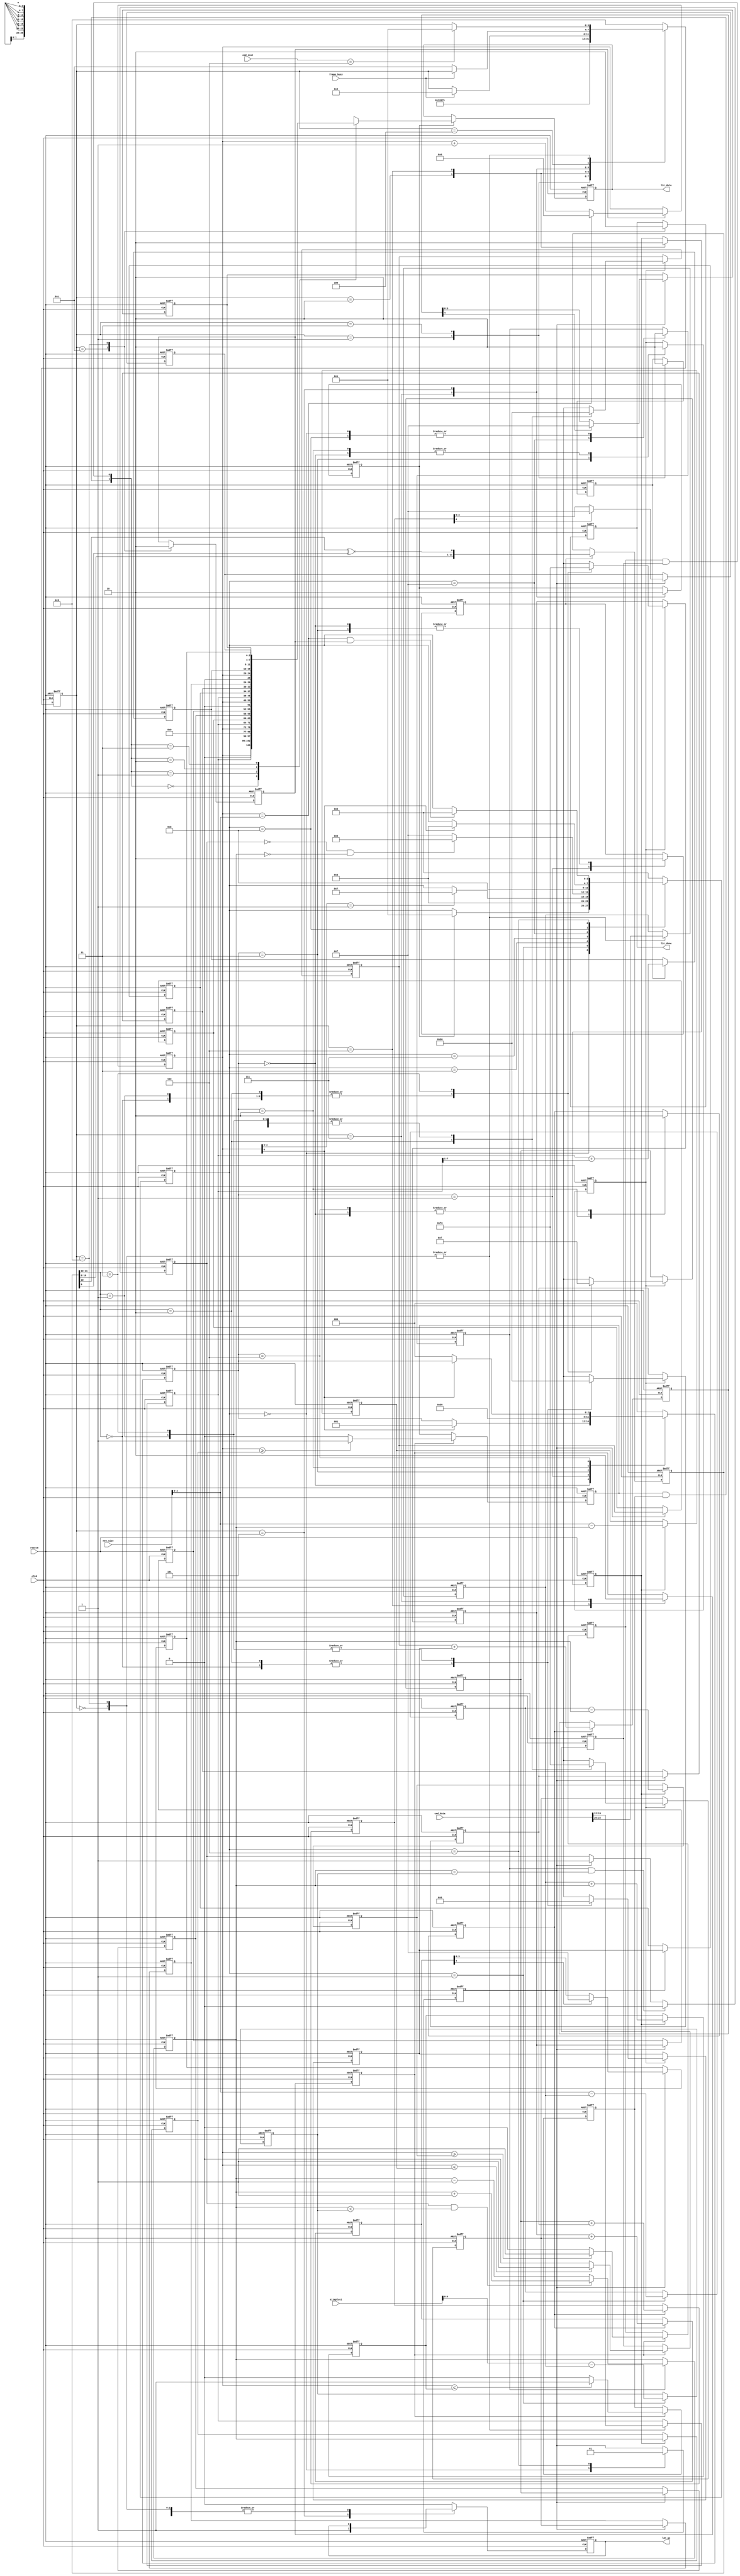
//--------------------------------------------------------------------------------
// Module Name: L2RnR2L - rtl
//  
// Description: create 2 random colors at the ends of the lite string
// 
// Revision 0.02 - 
// Revision 1.0 added number of lites inputs
// Revision 1.1 brighten mixed colors
// Revision 1.2 made brightness configurable
// 
//--------------------------------------------------------------------------------

module L2RnR2L(clk8,reset8,frame_busy,cmd_inst,cmd_data,neo_size,sizeplus1,
   l2r_data,l2r_done,l2r_go);

   input clk8;
   input reset8;
   input frame_busy;
   input [3:0] cmd_inst;
   input [27:0] cmd_data;
   input [7:0] neo_size;
   input [7:0] sizeplus1;
   
   output l2r_done;
   output [25:0] l2r_data;
   output l2r_go;
   
   
   reg l2r_done;
   reg [25:0] l2r_data;
   reg l2r_go;
   
   reg [25:0] data_buf;
   
   reg [3:0] rite_blu;
   reg [3:0] rite_grn;
   reg [3:0] rite_red;
   reg [3:0] left_blu;
   reg [3:0] left_grn;
   reg [3:0] left_red;
   
   reg [4:0] mix_blu_int;
   reg [4:0] mix_grn_int;
   reg [4:0] mix_red_int;
   
   reg [3:0] nx_rite_blu;
   reg [3:0] nx_rite_grn;
   reg [3:0] nx_rite_red;
   reg [3:0] nx_left_blu;
   reg [3:0] nx_left_grn;
   reg [3:0] nx_left_red;
   
   reg [3:0] mix_blu;
   reg [3:0] mix_grn;
   reg [3:0] mix_red;
   
   // color mixing mux
   wire [3:0] nx_mix_blu;
   wire [3:0] nx_mix_grn;
   wire [3:0] nx_mix_red;
   
   reg [2:0] num_lites;
   reg [4:0] address;
   reg [11:0] random;
   
   reg [3:0] mainsm;
   reg calc_start;
   reg calc_addr;
   reg calc_lim;
   reg do_compare;
   reg sel_color;
   
   reg [3:0] iteraysm;
   reg [4:0] num_lite_less1;
   reg [4:0] inner_rite_lite;
   reg [4:0] inner_rite_lim;
   reg [4:0] iteray;
   reg iteray_up;
   reg iteray_en;
   reg iteray_done;
   
   reg [2:0] colorsm;
   reg calc_randnum;
   reg calc_color;
   reg calc_mix;
   
   
   wire feedback = random[10] ~^ random[9]; // part of random number generator
   
   reg [4:0] left_addr_lo;
   reg [4:0] left_addr_hi;
   reg [4:0] rite_addr_lo;
   reg [4:0] rite_addr_hi;
   
   reg left_cmp_lo;
   reg left_cmp_hi;
   reg rite_cmp_lo;
   reg rite_cmp_hi;
   reg [1:0] cmp;
   wire [1:0] cmp_int;
	
	reg [7:0] brite;	// made configurable 11_20_20
	reg [7:0] briter;	// brighten mixed colors 11/14/20
   
   
   localparam black = 4'h0;
   
   // main state machine localparams
   localparam s_init  = 4'b0000;
   localparam s_start = 4'b0001;
   localparam s_addr  = 4'b0011;
   localparam s_lim   = 4'b0010;
   localparam s_cmp   = 4'b0110;
   localparam s_color = 4'b0111;
   localparam s_go    = 4'b0101;
   localparam s_busy  = 4'b0100;
   localparam s_done  = 4'b1100;
   localparam s_cmd   = 4'b1001;
   
   // iteration state machine localparams
   localparam i_init  = 4'b0000;
   localparam i_start = 4'b0001;
   localparam i_addr  = 4'b0011;
   localparam i_loop  = 4'b0111;
   localparam i_iter  = 4'b1111;
   localparam i_next  = 4'b1011;
   localparam i_pause = 4'b0110;
   
   // next color state machine localparams
   localparam c_init  = 3'b000;
   localparam c_num   = 3'b001;
   localparam c_color = 3'b011;
   localparam c_mix   = 3'b010;
   localparam c_wait  = 3'b110;
   
   // left and right color selects 
   localparam zero  = 2'b00;
   localparam seven = 2'b01;
   localparam eight = 2'b10;
   localparam fs    = 2'b11;
   
   // compare case statement
   localparam cmp_black = 2'b00;
   localparam cmp_rite  = 2'b01;
   localparam cmp_left  = 2'b10;
   localparam cmp_mix   = 2'b11;
   
   
// start main section
   // main state machine
   always @ (posedge clk8 or posedge reset8)
   begin
      if (reset8)
         begin
            l2r_done   <= 1'b0;
            l2r_go     <= 1'b0;
            num_lites  <= 3'b000;
				brite		  <= 8'h08;
            calc_start <= 1'b0;
            calc_addr  <= 1'b0;
            calc_lim   <= 1'b0;
            do_compare <= 1'b0;
            sel_color  <= 1'b0;
            mainsm     <= s_init;
         end
      else
         case (mainsm)
            s_init:
               begin
                  num_lites <= cmd_data[22:20];
						brite 	 <= cmd_data[19:12];
                  if (cmd_inst == 4'h6)
                     mainsm <= s_start;
               end
            s_start:
               begin
                  calc_start <= 1'b1; // not used anymore
                  mainsm     <= s_addr;
               end
            s_addr:
               begin
                  calc_start <= 1'b0;
                  mainsm     <= s_lim;
               end
            s_lim:
               begin
                  calc_lim   <= 1'b1;
                  mainsm     <= s_cmp;
               end
            s_cmp:
               begin
                  calc_lim   <= 1'b0;
                  do_compare <= 1'b1;
                  mainsm     <= s_color;
               end
            s_color:
               begin
                  do_compare <= 1'b0;
                  sel_color  <= 1'b1;
                  mainsm     <= s_go;
               end
            s_go:
               begin
                  sel_color  <= 1'b0;
                  l2r_go     <= 1'b1;
                  if (frame_busy == 1)
                     mainsm <= s_busy;
               end
            s_busy:
               begin
                  l2r_go <= 1'b0;
                  if (frame_busy == 0)
                     mainsm <= s_done;
               end
            s_done:
               begin
                  calc_addr <= 1'b1;
                  l2r_done  <= 1'b1;
                  mainsm    <= s_cmd;
               end
            s_cmd:
               begin
                  calc_addr <= 1'b0;
                  l2r_done  <= 1'b0;
                  num_lites <= cmd_data[22:20];
						brite 	 <= cmd_data[19:12];
                  if (cmd_inst == 4'h6)
                     mainsm <= s_start;
               end
            default:
               begin
                  l2r_go <= 1'b0;
                  mainsm <= s_cmd;
               end
         endcase
   end
   
   // calculate address of the lite to program
   always @ (posedge clk8 or posedge reset8)
   begin
      if (reset8)
         address <= 5'b00000;
      else
         if (calc_addr)
            begin
               if (address == neo_size[4:0]) // was 5'b11000
                  address <= 5'b00000; // loop address at max size
               else
                  address <= address + 1'b1;
            end
   end
   
   // calculate address limits
   always @ (posedge clk8 or posedge reset8)
   begin
      if (reset8)
         begin
            left_addr_lo <= 5'b00000;
            left_addr_hi <= 5'b00000;
            rite_addr_lo <= 5'b00000;
            rite_addr_hi <= 5'b00000;
         end
      else
         if (calc_lim)
            begin
               left_addr_lo <= iteray;
               left_addr_hi <= num_lites + iteray; // was num_lite_less1
               rite_addr_lo <= inner_rite_lim - iteray; // was inner_rite_lite
               rite_addr_hi <= neo_size[4:0] - iteray; // was 5'b11000 - iteray
            end
   end
   
   // compare address of the present lite to the range to be lit
   always @ (posedge clk8 or posedge reset8)
   begin
      if (reset8)
         begin
            left_cmp_lo <= 1'b0;
            left_cmp_hi <= 1'b0;
            rite_cmp_lo <= 1'b0;
            rite_cmp_hi <= 1'b0;
         end
      else
         if (do_compare)
            begin
               begin
                  if (address >= left_addr_lo)
                     left_cmp_lo <= 1'b1;
                  else
                     left_cmp_lo <= 1'b0;
               end
               begin
                  if (address <= left_addr_hi)
                     left_cmp_hi <= 1'b1;
                  else
                     left_cmp_hi <= 1'b0;
               end
               begin
                  if (address >= rite_addr_lo)
                     rite_cmp_lo <= 1'b1;
                  else
                     rite_cmp_lo <= 1'b0;
               end
               begin
                  if (address <= rite_addr_hi)
                     rite_cmp_hi <= 1'b1;
                  else
                     rite_cmp_hi <= 1'b0;
               end
            end
   end
   
   // alternative color select
   assign cmp_int = {left_cmp_lo & left_cmp_hi, rite_cmp_lo & rite_cmp_hi};
   
   always @ (cmp_int)
   begin
      cmp <= cmp_int;
   end
	
	// calculate briter value to be 1.5 x brite
	always @ (posedge clk8 or posedge reset8)
   begin
      if (reset8)
         briter <= 8'h0C; 
		else
			begin
				if (calc_start)
					briter <= brite + {1'b0, brite[7:1]};
			end
	end
	
// end main section
   
   
// start iteration section
   // iteration state machine
   always @ (posedge clk8 or posedge reset8)
   begin
      if (reset8)
         begin
            num_lite_less1  <= 5'b00000;
            inner_rite_lite <= 5'b00000;
            inner_rite_lim  <= 5'b00000;
            iteray_en       <= 1'b0;
            iteray_done     <= 1'b0;
            iteraysm        <= i_init;
         end
      else
         case (iteraysm)
            i_init:
               begin
               //   num_lite_less1  <= 5'b00000;
               //   inner_rite_lite <= 5'b00000;
               //   inner_rite_lim  <= 5'b00000;
                  iteray_en       <= 1'b0;
                  iteray_done     <= 1'b0;
                  if (sel_color)
                     iteraysm     <= i_start;
               end
            i_start:
               begin
                  num_lite_less1  <= num_lites - 3'b001;
                  // max lites plus 1 - num_lites
                  inner_rite_lite <= sizeplus1[4:0] - num_lites; 
                  // max lites - num_lites
                  inner_rite_lim  <= neo_size[4:0] - num_lites; 
                  iteraysm        <= i_addr;
               end
            i_addr:
               begin
                  if (address[4:3] == 2'b01)
                     iteraysm <= i_loop;
               end
            i_loop:
               begin
                  if (iteray_up == 1'b0 && iteray == 5'b00000)
                     iteraysm <= i_pause; // no more iterations
                  else
                     iteraysm <= i_iter; // increment interation
               end
            i_iter:
               begin
                  iteray_en <= 1'b1;
                  iteraysm  <= i_next;
               end
            i_next:
               begin
                  iteray_en <= 1'b0;
                  if (address[4] == 1'b1)
                     iteraysm <= i_addr; // loop back
               end
            i_pause:
               begin
                  iteray_done <= 1'b1;
                  if (address == neo_size[4:0] && calc_addr == 1'b1)
                     iteraysm <= i_init; // went through all addresses
               end
            default:
               begin
                  iteraysm <= i_init;
               end
         endcase
   end
   
   // iteration logic
   always @ (posedge clk8 or posedge reset8)
   begin
      if (reset8)
         begin
            iteray    <= 5'b00000;
            iteray_up <= 1'b1;
         end
      else
         begin
            begin
               if (iteray_en == 1'b1 && iteray == inner_rite_lite)
                  iteray_up <= 1'b0;
               else if (iteray_done == 1'b1)
                  iteray_up <= 1'b1;
            end
            if (iteray_en)
               begin
                  if (iteray_up == 1'b1 && iteray < inner_rite_lite)
                     iteray <= iteray + 1'b1;
                  else
                     iteray <= iteray - 1'b1;
               end
         end
   end
// end iteration section
   
   
// start color section   
   // next color state machine
   always @ (posedge clk8 or posedge reset8)
   begin
      if (reset8)
         begin
            calc_randnum <= 1'b0;
            calc_color   <= 1'b0;
            calc_mix     <= 1'b0;
            colorsm      <= c_init;
         end
      else
         case (colorsm)
            c_init:
               begin
                  calc_randnum <= 1'b0;
                  calc_color   <= 1'b0;
                  calc_mix     <= 1'b0;
                  if (address[4] == 1'b1)
                     colorsm <= c_num;
               end
            c_num:
               begin
                  calc_randnum <= 1'b1;
                  colorsm      <= c_color;
               end
            c_color:
               begin
                  calc_randnum <= 1'b0;
                  calc_color   <= 1'b1;
                  colorsm      <= c_mix;
               end
            c_mix:
               begin
                  calc_color   <= 1'b0;
                  calc_mix     <= 1'b1;
                  colorsm      <= c_wait;
               end
            c_wait:
               begin
                  calc_mix     <= 1'b0;
                  if (address[4] == 1'b0)
                     colorsm <= c_init;
               end
            default:
               colorsm <= c_init;
         endcase
   end
   
   // random number generator
   always @ (posedge clk8 or posedge reset8)
   begin
      if (reset8)
         random <= 12'h563; //can't have an all zero state
      else
         begin
            if (calc_randnum)
               random <= {random[10:0], feedback}; //shift left in the XNOR result
         end
   end
   
   // calculate next left and rite colors
   always @ (posedge clk8 or posedge reset8)
   begin
      if (reset8)
         begin
            nx_rite_blu <= 4'h0;
            nx_rite_grn <= 4'h0;
            nx_rite_red <= 4'h0;
            nx_left_blu <= 4'h0;
            nx_left_grn <= 4'h0;
            nx_left_red <= 4'h0;
         end
      else
         begin
            if (calc_color)
               begin
                  case (random[11:10])
                     3'b00:
                        begin
                           nx_rite_blu <= 4'h0;
                           nx_rite_grn <= 4'h0;
                           nx_rite_red <= 4'hF;
                           nx_left_blu <= 4'h0;
                           nx_left_grn <= 4'h8;
                           nx_left_red <= 4'h0;
                        end
                     3'b01:
                        begin
                           nx_rite_blu <= 4'h0;
                           nx_rite_grn <= 4'h0;
                           nx_rite_red <= 4'hF;
                           nx_left_blu <= 4'h8; 
                           nx_left_grn <= 4'h0;
                           nx_left_red <= 4'h0;
                        end
                     3'b10:
                        begin
                           nx_rite_blu <= 4'h8;
                           nx_rite_grn <= 4'h0;
                           nx_rite_red <= 4'hF;
                           nx_left_blu <= 4'h0;
                           nx_left_grn <= 4'h8;
                           nx_left_red <= 4'hF;
                        end
                     3'b11:
                        begin
                           nx_rite_blu <= 4'h0;
                           nx_rite_grn <= 4'hF;
                           nx_rite_red <= 4'h0;
                           nx_left_blu <= 4'h8;
                           nx_left_grn <= 4'h0;
                           nx_left_red <= 4'h0;
                        end
                     
                  endcase
               end
         end
   end
   
   // calculate the mixture of rite and left lites
   always @ (posedge clk8 or posedge reset8)
   begin
      if (reset8)
         begin
            mix_blu_int <= 5'b00000;
            mix_grn_int <= 5'b00000;
            mix_red_int <= 5'b00000;
         end
      else
         if (calc_mix)
            begin
               mix_blu_int <= nx_rite_blu + nx_left_blu;
               mix_grn_int <= nx_rite_grn + nx_left_grn;
               mix_red_int <= nx_rite_red + nx_left_red;
            end
   end
   
   // if the carry of the addition of the rite and left colors is one then
   // assign max value, else don't.
   assign nx_mix_blu = mix_blu_int[4] ? 4'hF : mix_blu_int[3:0];
   assign nx_mix_grn = mix_grn_int[4] ? 4'hF : mix_grn_int[3:0];
   assign nx_mix_red = mix_red_int[4] ? 4'hF : mix_red_int[3:0];
   
   // load next color at max address 
   always @ (posedge clk8 or posedge reset8)
   begin
      if (reset8)
         begin
            rite_blu <= 4'h0;
            rite_grn <= 4'hF;
            rite_red <= 4'h0;
            left_blu <= 4'h0;
            left_grn <= 4'h0;
            left_red <= 4'hF;
            mix_blu  <= 4'h0;
            mix_grn  <= 4'hF;
            mix_red  <= 4'hF;
         end
      else
         begin
            if (iteray_done == 1'b1)
               begin
                  rite_blu <= nx_rite_blu;
                  rite_grn <= nx_rite_grn;
                  rite_red <= nx_rite_red;
                  left_blu <= nx_left_blu;
                  left_grn <= nx_left_grn;
                  left_red <= nx_left_red;
                  mix_blu  <= nx_mix_blu;
                  mix_grn  <= nx_mix_grn;
                  mix_red  <= nx_mix_red;
               end
         end
   end  
// end color section               
   
   
   // select color of lite being addressed based on the limits
   always @ (posedge clk8 or posedge reset8)
   begin
      if (reset8)
         begin
            l2r_data <= 26'h0000000;
         end
      else
         begin
            if (sel_color)
               begin
                  case (cmp)
                     cmp_black:
                        begin
                           l2r_data <= {1'b0, address, brite, black, black, black};
                        end
                     cmp_rite:
                        begin
                           l2r_data <= {1'b0, address, brite, rite_blu, rite_grn, rite_red};
                        end
                     cmp_left:
                        begin
                           l2r_data <= {1'b0, address, brite, left_blu, left_grn, left_red};
                        end
                     cmp_mix:
                        begin
                           l2r_data <= {1'b0, address, briter, mix_blu, mix_grn, mix_red};
                        end
                  endcase
               end
         end
   end
   
endmodule